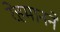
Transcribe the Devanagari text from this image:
रेहमानने